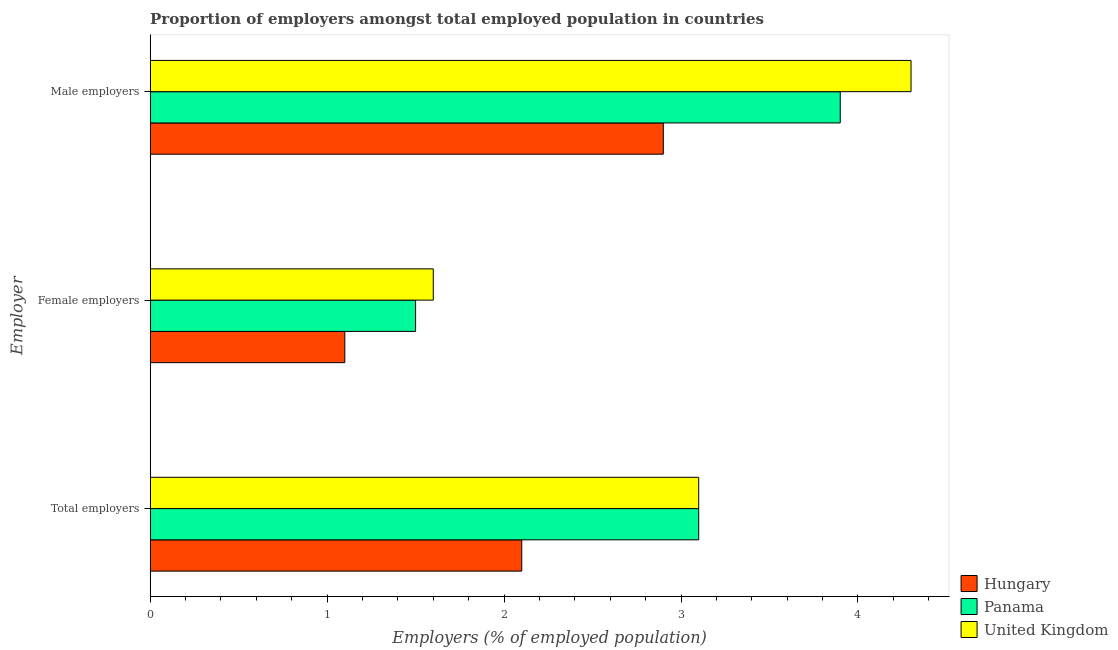
| Employer | Hungary | Panama | United Kingdom |
 | --- | --- | --- | --- |
 | Total employers | 2.1 | 3.1 | 3.1 |
 | Female employers | 1.1 | 1.5 | 1.6 |
 | Male employers | 2.9 | 3.9 | 4.3 |